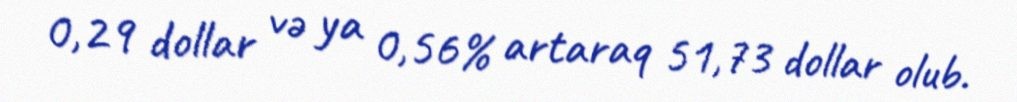
0,29 dollar və ya 0,56% artaraq 51,73 dollar olub.